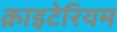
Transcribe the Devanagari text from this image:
क्राइटेरियम